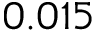
0 . 0 1 5